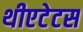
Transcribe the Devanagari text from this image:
थीएटेटस